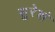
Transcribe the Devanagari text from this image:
सुरेशं